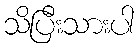
သိပြီးသားပါ